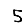
Digit: 5